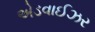
એડવાઈઝર